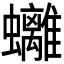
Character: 𧕮